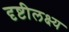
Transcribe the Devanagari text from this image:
दृष्टीलक्ष्य